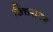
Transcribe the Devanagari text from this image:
छित्तरापन